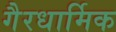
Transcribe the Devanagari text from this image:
गैरधार्मिक